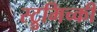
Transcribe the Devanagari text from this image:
स्ट्रुमिच्की